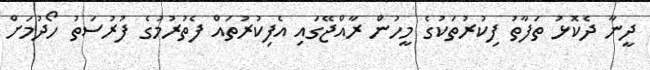
ދީނާ ދެކޮޅު ތަފާތު ފިކުރުތަކުގެ މީހުން ރާއްޖޭގައި އެފިކުރުތައް ފެތުރުމުގެ ފުރުސަތު ހޯދުމަށް